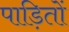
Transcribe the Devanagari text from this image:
पाड़ितों